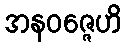
အနဝဇ္ဇေဟိ